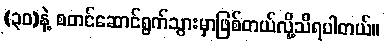
(၃၀)နဲ့ စတင်ဆောင်ရွက်သွားမှာဖြစ်တယ်လို့သိရပါတယ်။